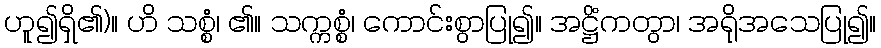
ဟူ၍ရှိ၏)။ ဟိ သစ္စံ၊ ၏။ သက္ကစ္စံ၊ ကောင်းစွာပြု၍။ အဋ္ဌိံကတွာ၊ အရိုအသေပြု၍။